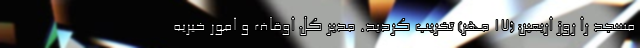
مسجد را روز اربعین (۱۷ مهر) تخریب کردید. مدیر کل اوقاف و امور خیریه